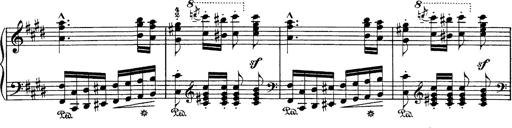
Title: Hungarian Rhapsody No.1
Composer: Franz Liszt
Key: C-sharp minor